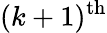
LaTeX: (k+1)^{\mathrm{th}}